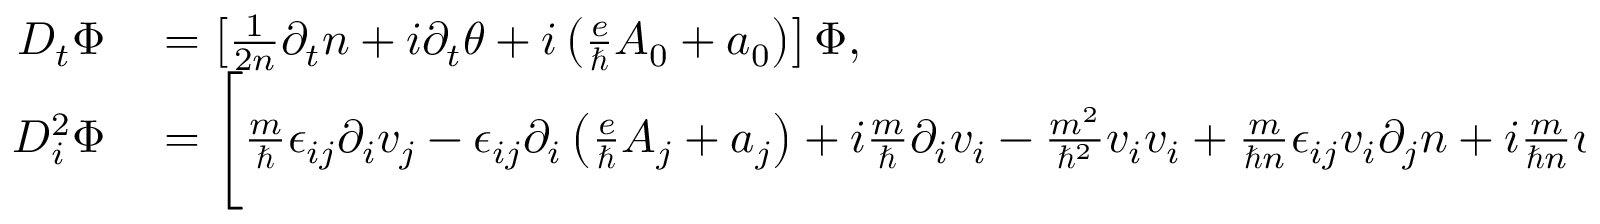
\begin{array} { r l } { D _ { t } \Phi } & { { } = \left[ \frac { 1 } { 2 n } \partial _ { t } n + i \partial _ { t } \theta + i \left( \frac { e } { \hbar } A _ { 0 } + a _ { 0 } \right) \right] \Phi , } \\ { D _ { i } ^ { 2 } \Phi } & { { } = \Bigg [ \frac { m } { \hbar } \epsilon _ { i j } \partial _ { i } v _ { j } - \epsilon _ { i j } \partial _ { i } \left( \frac { e } { \hbar } A _ { j } + a _ { j } \right) + i \frac { m } { \hbar } \partial _ { i } v _ { i } - \frac { m ^ { 2 } } { \hbar ^ { 2 } } v _ { i } v _ { i } + \frac { m } { \hbar n } \epsilon _ { i j } v _ { i } \partial _ { j } n + i \frac { m } { \hbar n } v _ { i } \partial _ { i } n \Bigg ] \Phi , } \end{array}